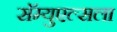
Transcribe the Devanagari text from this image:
सॅम्युएल्सला